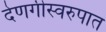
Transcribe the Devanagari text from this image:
देणगीस्वरुपात